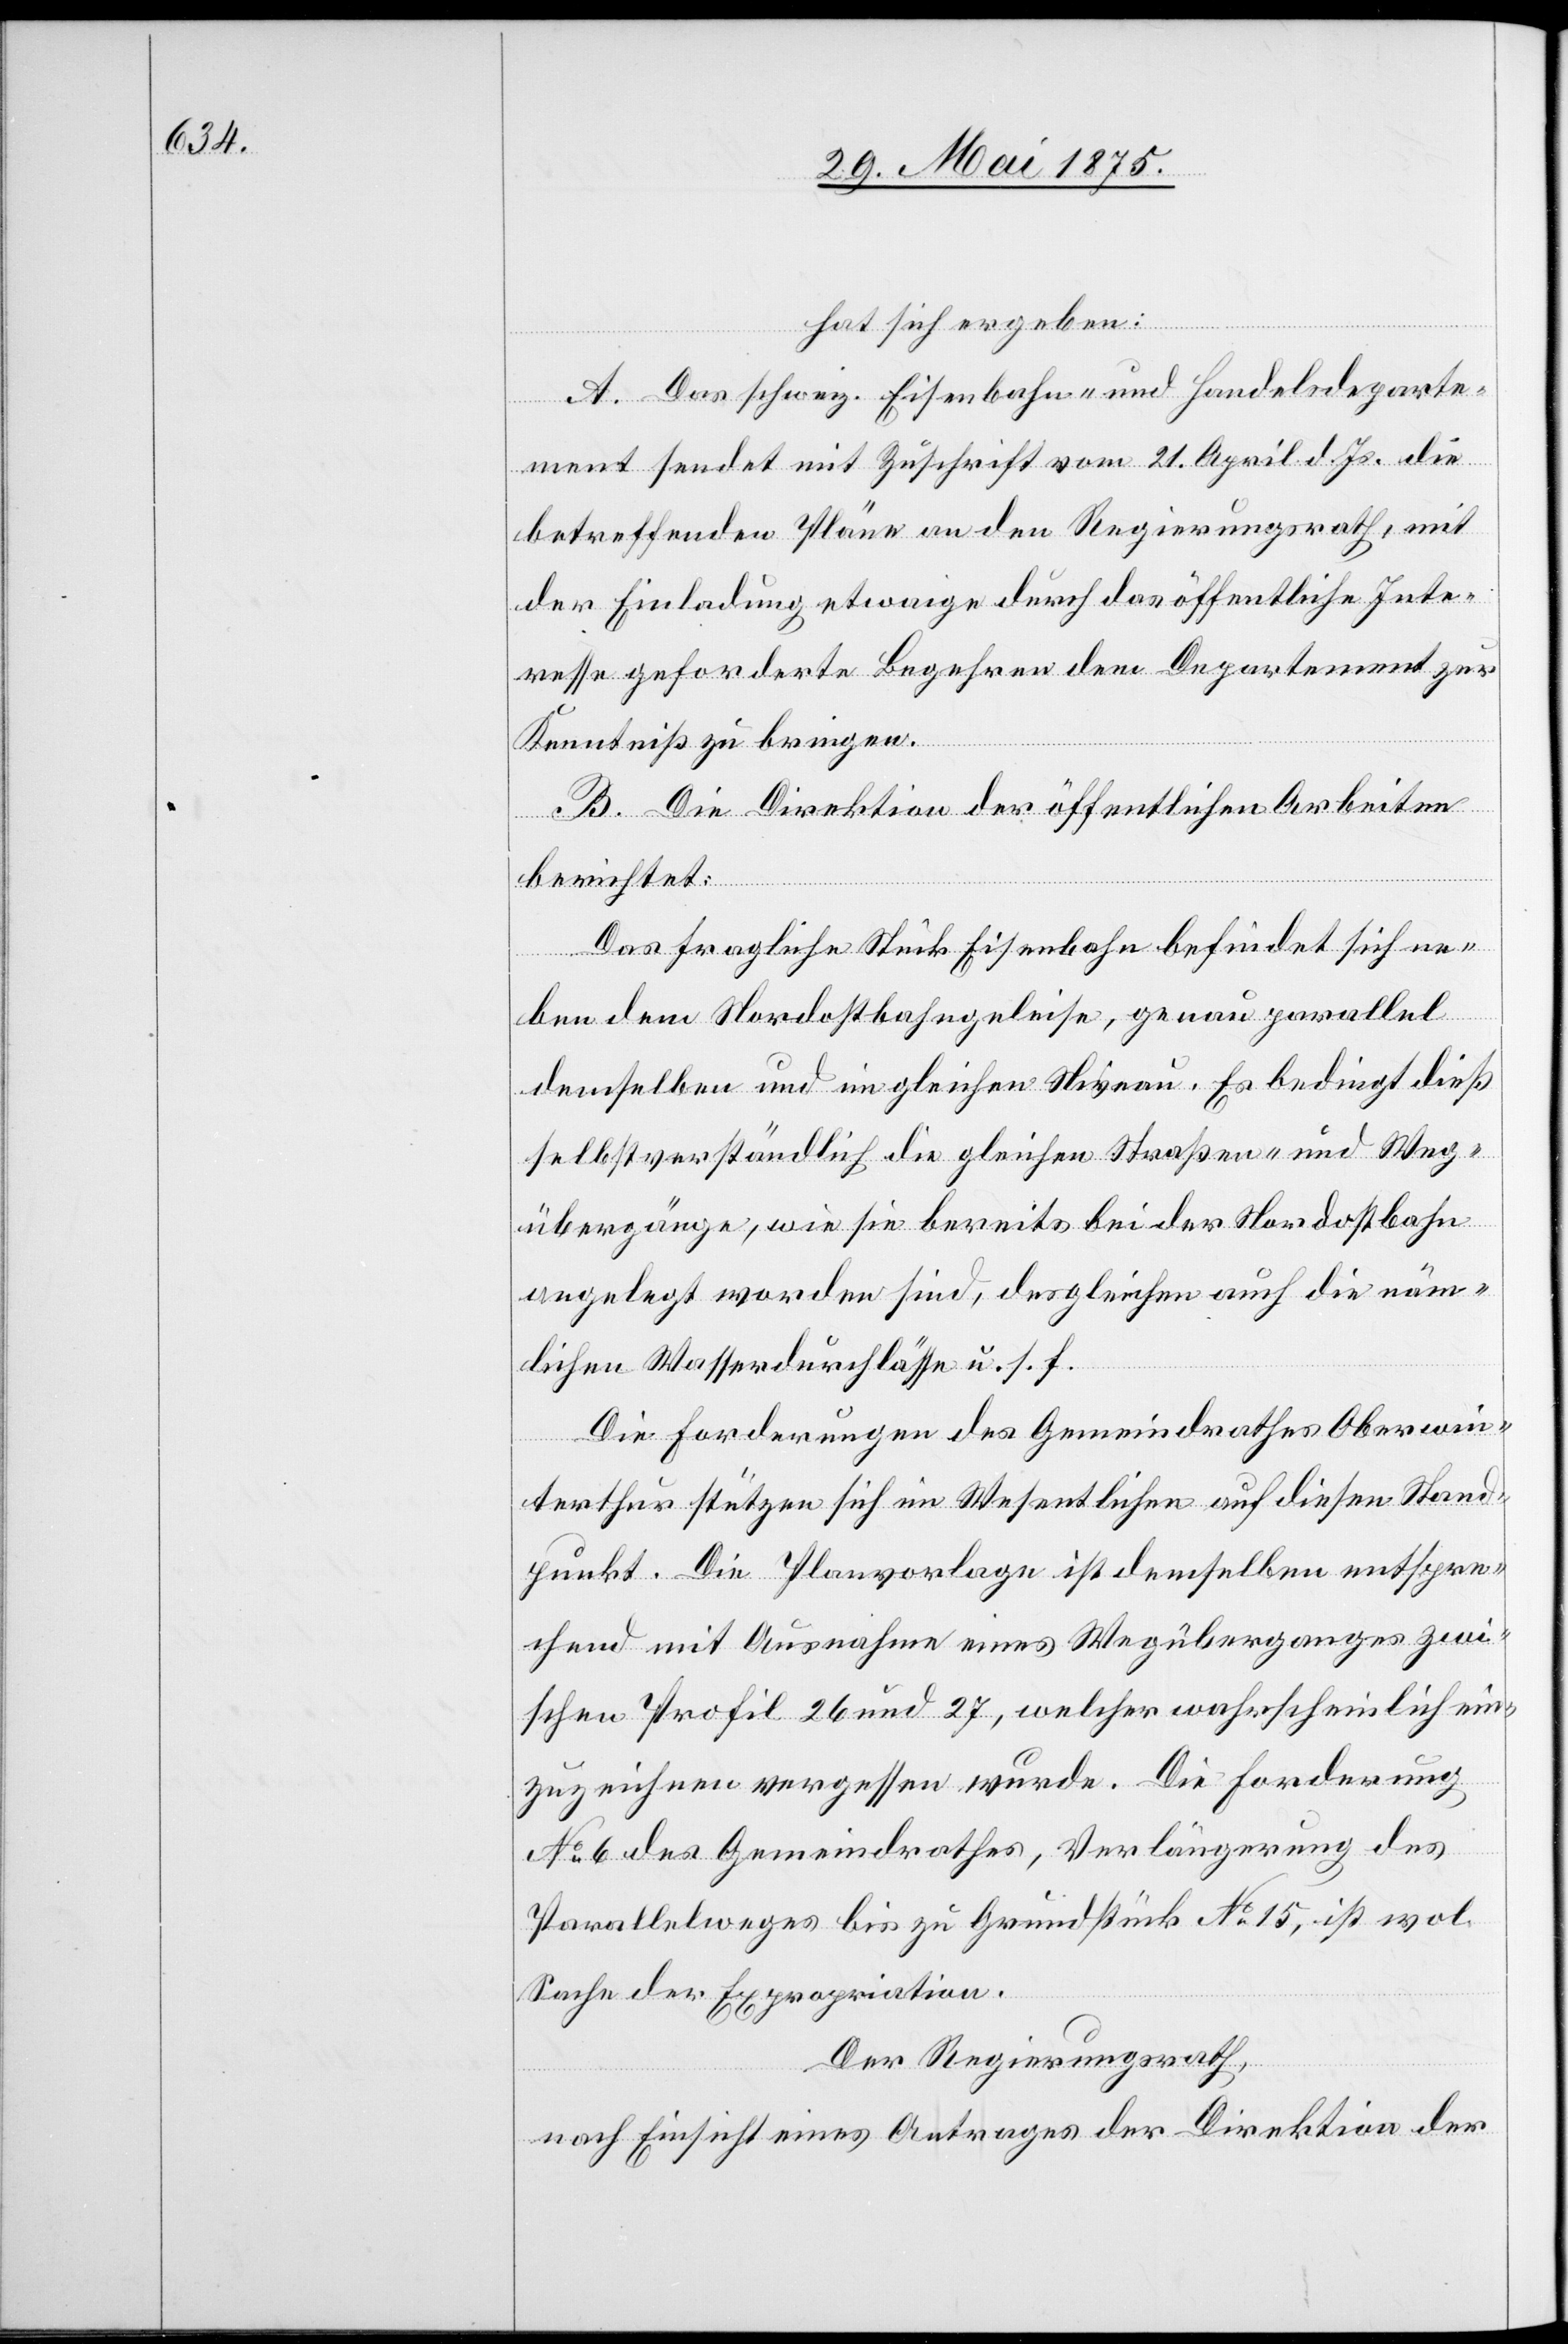
hat sich ergeben:
A. Das schweiz. Eisenbahn- und Handelsdeparte¬
ment sendet mit Zuschrift vom 21. April d. Js. die
betreffenden Pläne an den Regierungsrath, mit
der Einladung etwaige durch das öffentliche Inte¬
resse geforderte Begehren dem Departement zur
Kenntniß zu bringen.
B. Die Direktion der öffentlichen Arbeiten
berichtet:
Das fragliche Stück Eisenbahn befindet sich ne¬
ben dem Nordostbahngeleise, genau parallel
demselben und im gleichen Niveau. Es bedingt dieß
selbstverständlich die gleichen Straßen und Weg¬
übergänge, wie sie bereits bei der Nordostbahn
angelegt worden sind, desgleichen auch die näm¬
lichen Wasserdurchlässe u. s. f.
Die Forderungen des Gemeindrathes Oberwin¬
terthur stützen sich im Wesentlichen auf diesen Stand¬
punkt. Die Planvorlage ist demselben entspre¬
chend mit Ausnahme eines Wegüberganges zwi¬
schen Profil 26 und 27, welcher wahrscheinlich ein¬
zuzeichnen vergessen wurde. Die Forderung
No 6 des Gemeindrathes, Verlängerung des
Parallelweges bis zu Grundstück No 15, ist wol
Sache der Expropriation.
Der Regierungsrath,
nach Einsicht eines Antrages der Direktion der